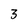
Character: 3